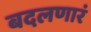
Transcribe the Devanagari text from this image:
बदलणारं